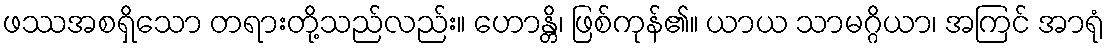
ဖဿအစရှိသော တရားတို့သည်လည်း။ ဟောန္တိ၊ ဖြစ်ကုန်၏။ ယာယ သာမဂ္ဂိယာ၊ အကြင် အာရုံ